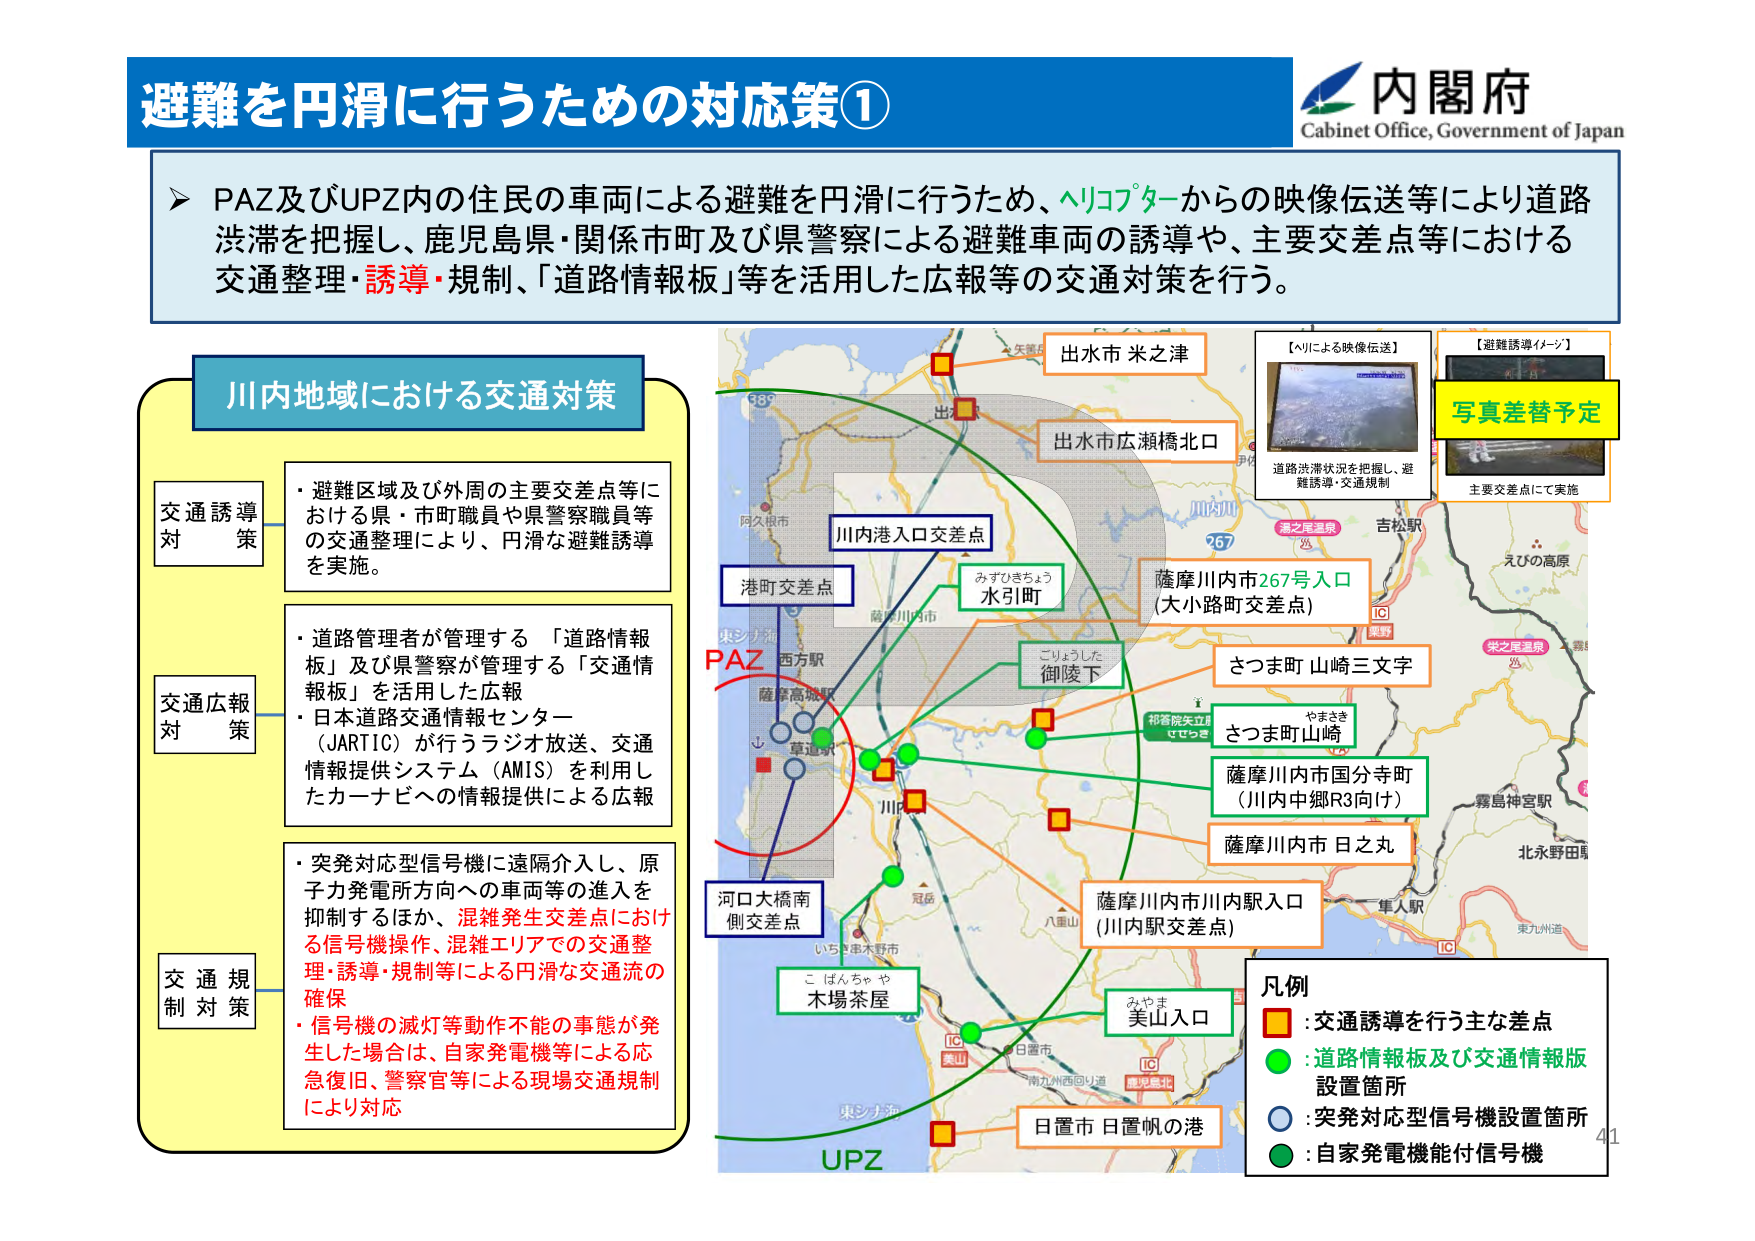
避難を円滑に行うための対応策①

内閣府
Cabinet Office, Government of Japan

➤ PAZ及びUPZ内の住民の車両による避難を円滑に行うため、ヘリコプターからの映像伝送等により道路渋滞を把握し、鹿児島県・関係市町及び県警察による避難車両の誘導や、主要交差点等における交通整理・誘導・規制、「道路情報板」等を活用した広報等の交通対策を行う。

川内地域における交通対策

交通誘導対策
・避難区域及び外周の主要交差点等における県・市町職員や県警察職員等の交通整理により、円滑な避難誘導を実施。

交通広報対策
・道路管理者が管理する「道路情報板」及び県警察が管理する「交通情報板」を活用した広報
・日本道路交通情報センター（JARTIC）が行うラジオ放送、交通情報提供システム（AMIS）を利用したカーナビへの情報提供による広報

交通規制対策
・突発対応型信号機に遠隔介入し、原子力発電所方向への車両等の進入を抑制するほか、混雑発生交差点における信号機操作、混雑エリアでの交通整理・誘導・規制等による円滑な交通流の確保
・信号機の滅灯等動作不能の事態が発生した場合は、自家発電機等による応急復旧、警察官等による現場交通規制により対応

【ヘリによる映像伝送】
道路渋滞状況を把握し、避難誘導・交通規制

【避難誘導イメージ】
主要交差点にて実施
写真差替予定

出水市 米之津
出水市広瀬橋北口
川内港入口交差点
港町交差点
みずひきょう 水引町
ごりょうした 御陵下
薩摩川内市267号入口 (大小路町交差点)
さつま町 山崎三文字
やまさき さつま町山崎
薩摩川内市国分寺町 (川内中郷R3向け)
薩摩川内市 日之丸
薩摩川内市川内駅入口 (川内駅交差点)
こばんちゃや 木場茶屋
みやま 美山入口
日置市 日置帆の港

PAZ
UPZ

凡例
■ : 交通誘導を行う主な差点
● : 道路情報板及び交通情報版設置箇所
○ : 突発対応型信号機設置箇所
● : 自家発電機能付信号機

41